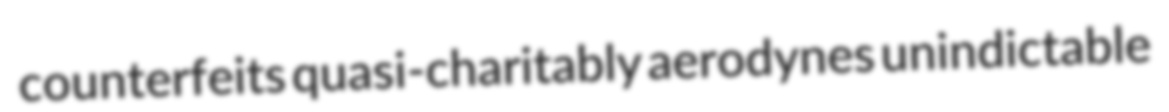
counterfeits quasi-charitably aerodynes unindictable